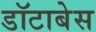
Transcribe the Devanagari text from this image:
डॉटाबेस